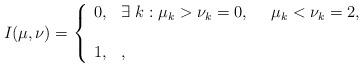
LaTeX: \begin{align*}I(\mu,\nu)=\left\{\begin{array}{ll}0, & \exists\ k : \mu_k > \nu_k =0,\ \ \ \ \mu_k < \nu_k =2,\\ \\1, & , \end{array}\right.\end{align*}